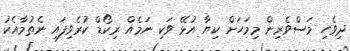
ދިވެހި މަސްވެރިން މިމަހަށް ކިޔާ އުޅޭ ވަކި ނަމެއް ރިކޯޑް ކުރެވިފައި ނެތުމާއެކު